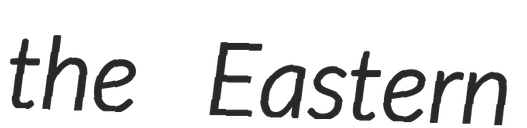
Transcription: the Eastern